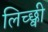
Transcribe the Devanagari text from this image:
लिच्छ्वी